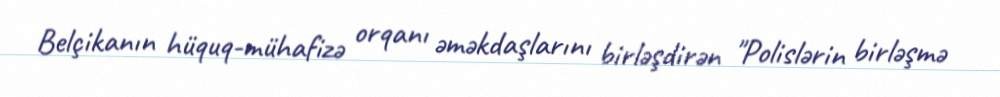
Belçikanın hüquq-mühafizə orqanı əməkdaşlarını birləşdirən "Polislərin birləşmə